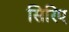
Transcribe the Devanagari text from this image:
सिरिए